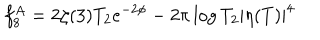
LaTeX: f _ { 8 } ^ { A } = 2 \zeta ( 3 ) T _ { 2 } e ^ { - 2 \phi } - 2 \pi \log T _ { 2 } | \eta ( T ) | ^ { 4 }